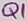
Text: Q1